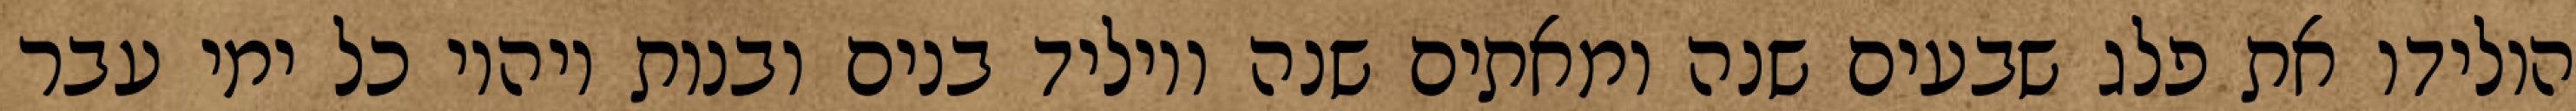
הולידו את פלג שבעים שנה ומאתים שנה ויוליד בנים ובנות ויהיו כל ימי עבר